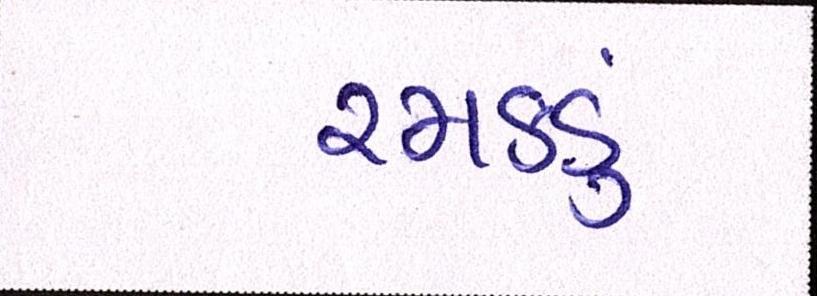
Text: રમકડું